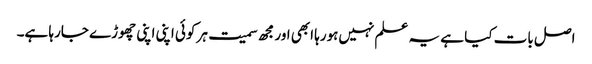
اصل بات کیا ہے یہ علم نہیں‌ہورہا ابھی اور مجھ سمیت ہر کوئی اپنی اپنی چھوڑے جارہا ہے۔